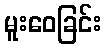
မူးဝေခြင်း